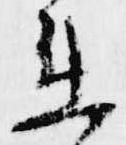
衛